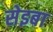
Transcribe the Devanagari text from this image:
सेइबा